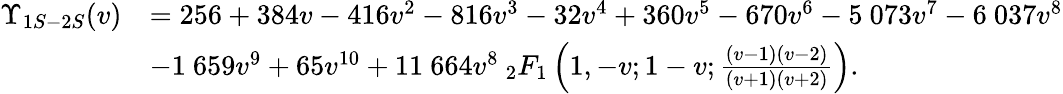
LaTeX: \begin{array}{rl}{\Upsilon_{1S-2S}(v)}&{=256+384v-416v^{2}-816v^{3}-32v^{4}+360v^{5}-670v^{6}-5~073v^{7}-6~037v^{8}}\\ &{-1~659v^{9}+65v^{10}+11~664v^{8}\: _{2}F_{1}\left(1,-v;1-v;\frac{(v-1)(v-2)}{(v+1)(v+2)}\right).}\end{array}